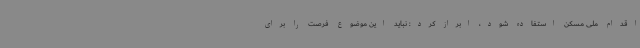
اقدام ملی مسکن استفاده شود، ابراز کرد: نباید این موضوع فرصت را برای